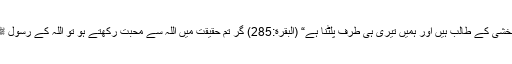
مالک ہم تجھ سے خطا بخشی کے طالب ہیں اور ہمیں تیری ہی طرف پلٹنا ہے“ (البقرة:285) گر تم حقیقت میں اللہ سے محبت رکھتے ہو تو اللہ کے رسول ﷺکی پیروی اختیار کرو۔